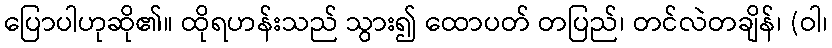
ပြောပါဟုဆို၏။ ထိုရဟန်းသည် သွား၍ ထောပတ် တပြည်၊ တင်လဲတချိန်၊ (ဝါ၊